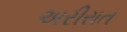
અરીરાત